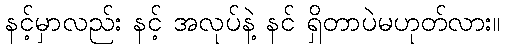
နင့်မှာလည်း နင့် အလုပ်နဲ့ နင် ရှိတာပဲမဟုတ်လား။